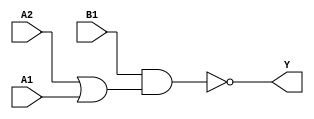
module sky130_fd_sc_lp__o21ai_4 (
    Y ,
    A1,
    A2,
    B1
);
    output Y ;
    input  A1;
    input  A2;
    input  B1;
    wire or0_out    ;
    wire nand0_out_Y;
    or   or0   (or0_out    , A2, A1         );
    nand nand0 (nand0_out_Y, B1, or0_out    );
    buf  buf0  (Y          , nand0_out_Y    );
endmodule